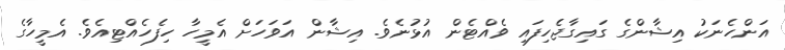
އަންހެނަކު އިޝާންގެ ގައިގާޖެހިފައި ވެއްޓެން އުޅުނެވެ. އިޝާން އަވަހަށް އެމީހާ ހިފެހެއްޓިއެވެ. އެމީހާގެ